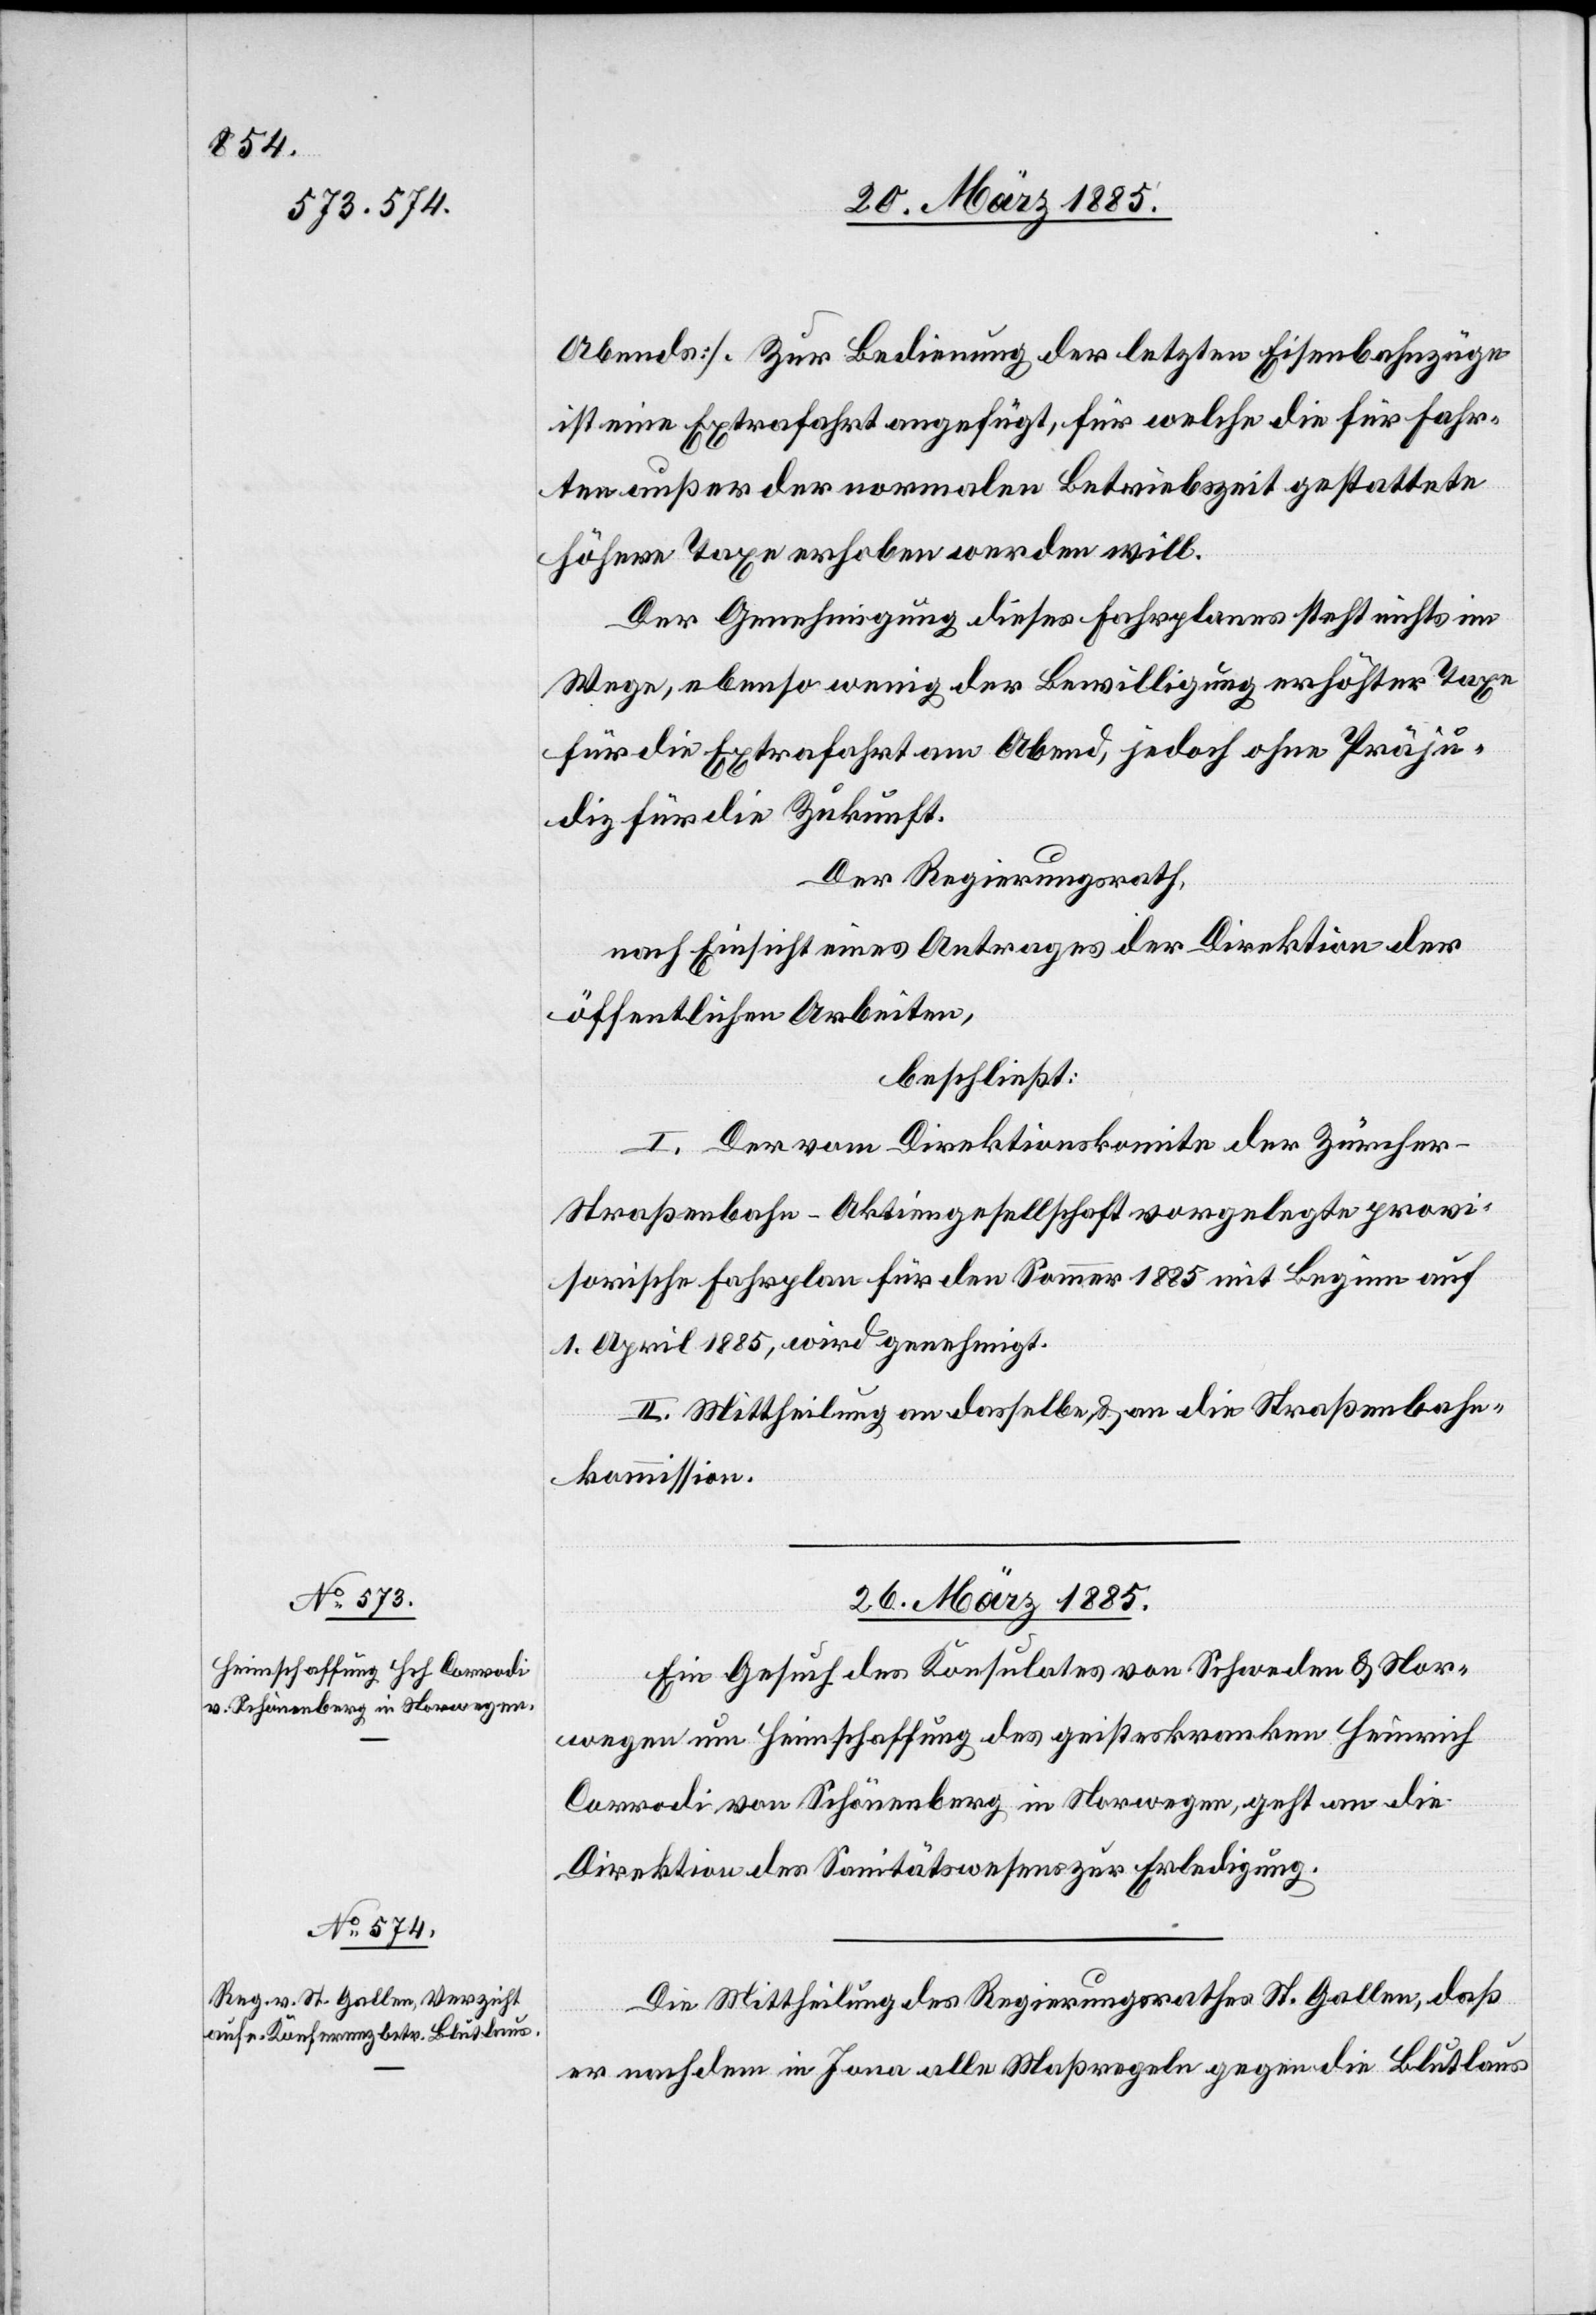
Abends]. Zur Bedienung der letzten Eisenbahnzüge
ist eine Extrafahrt angefügt, für welche die für Fahr¬
ten außer der normalen Betriebszeit gestattete
höhere Taxe erhoben werden will.
Der Genehmigung dieses Fahrplanes steht nichts im
Wege, ebenso wenig der Bewilligung erhöhter Taxe
für die Extrafahrt am Abend, jedoch ohne Präju¬
diz für die Zukunft.
Der Regierungsrath,
nach Einsicht eines Antrages der Direktion der
öffentlichen Arbeiten,
beschließt:
I. Der vom Direktionskomite der Zürche¬
r-Straßenbahn-Aktiengesellschaft vorgelegte Provi¬
sorische Fahrplan für den Sommer 1885 mit Beginn auf
1. April 1885, wird genehmigt.
II. Mittheilung an dasselbe, & an die Straßenbahn¬
kommission.
26. März 1885.]
Ein Gesuch des Konsulates von Schweden & Nor¬
wegen um Heimschaffung des geisteskranken Heinrich
Corrodi von Schönenberg in Norwegen, geht an die
Direktion des Sanitätswesens zur Erledigung.
Die Mittheilung des Regierungsrathes St. Gallen, daß
er nachdem in Jona alle Maßregeln gegen die Blutlaus